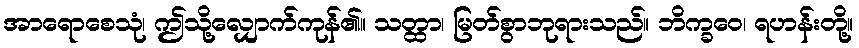
အာရောစေသုံ၊ ဤသို့လျှောက်ကုန်၏။ သတ္ထာ၊ မြတ်စွာဘုရားသည်။ ဘိက္ခဝေ၊ ရဟန်းတို့။